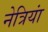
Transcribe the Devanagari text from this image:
नेत्रियां